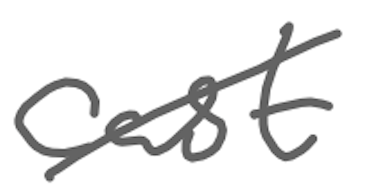
Text: cast
Cross-out: mix
Writing tool: digital_gray